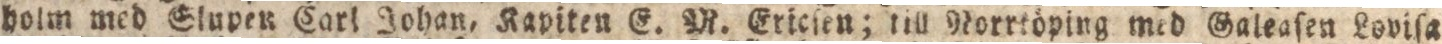
holm med Slupen Carl Johan, Kapiten E. M. Ericſen; till Norrtöping med Galeaſen Lovisa